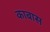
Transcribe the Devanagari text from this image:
काबास